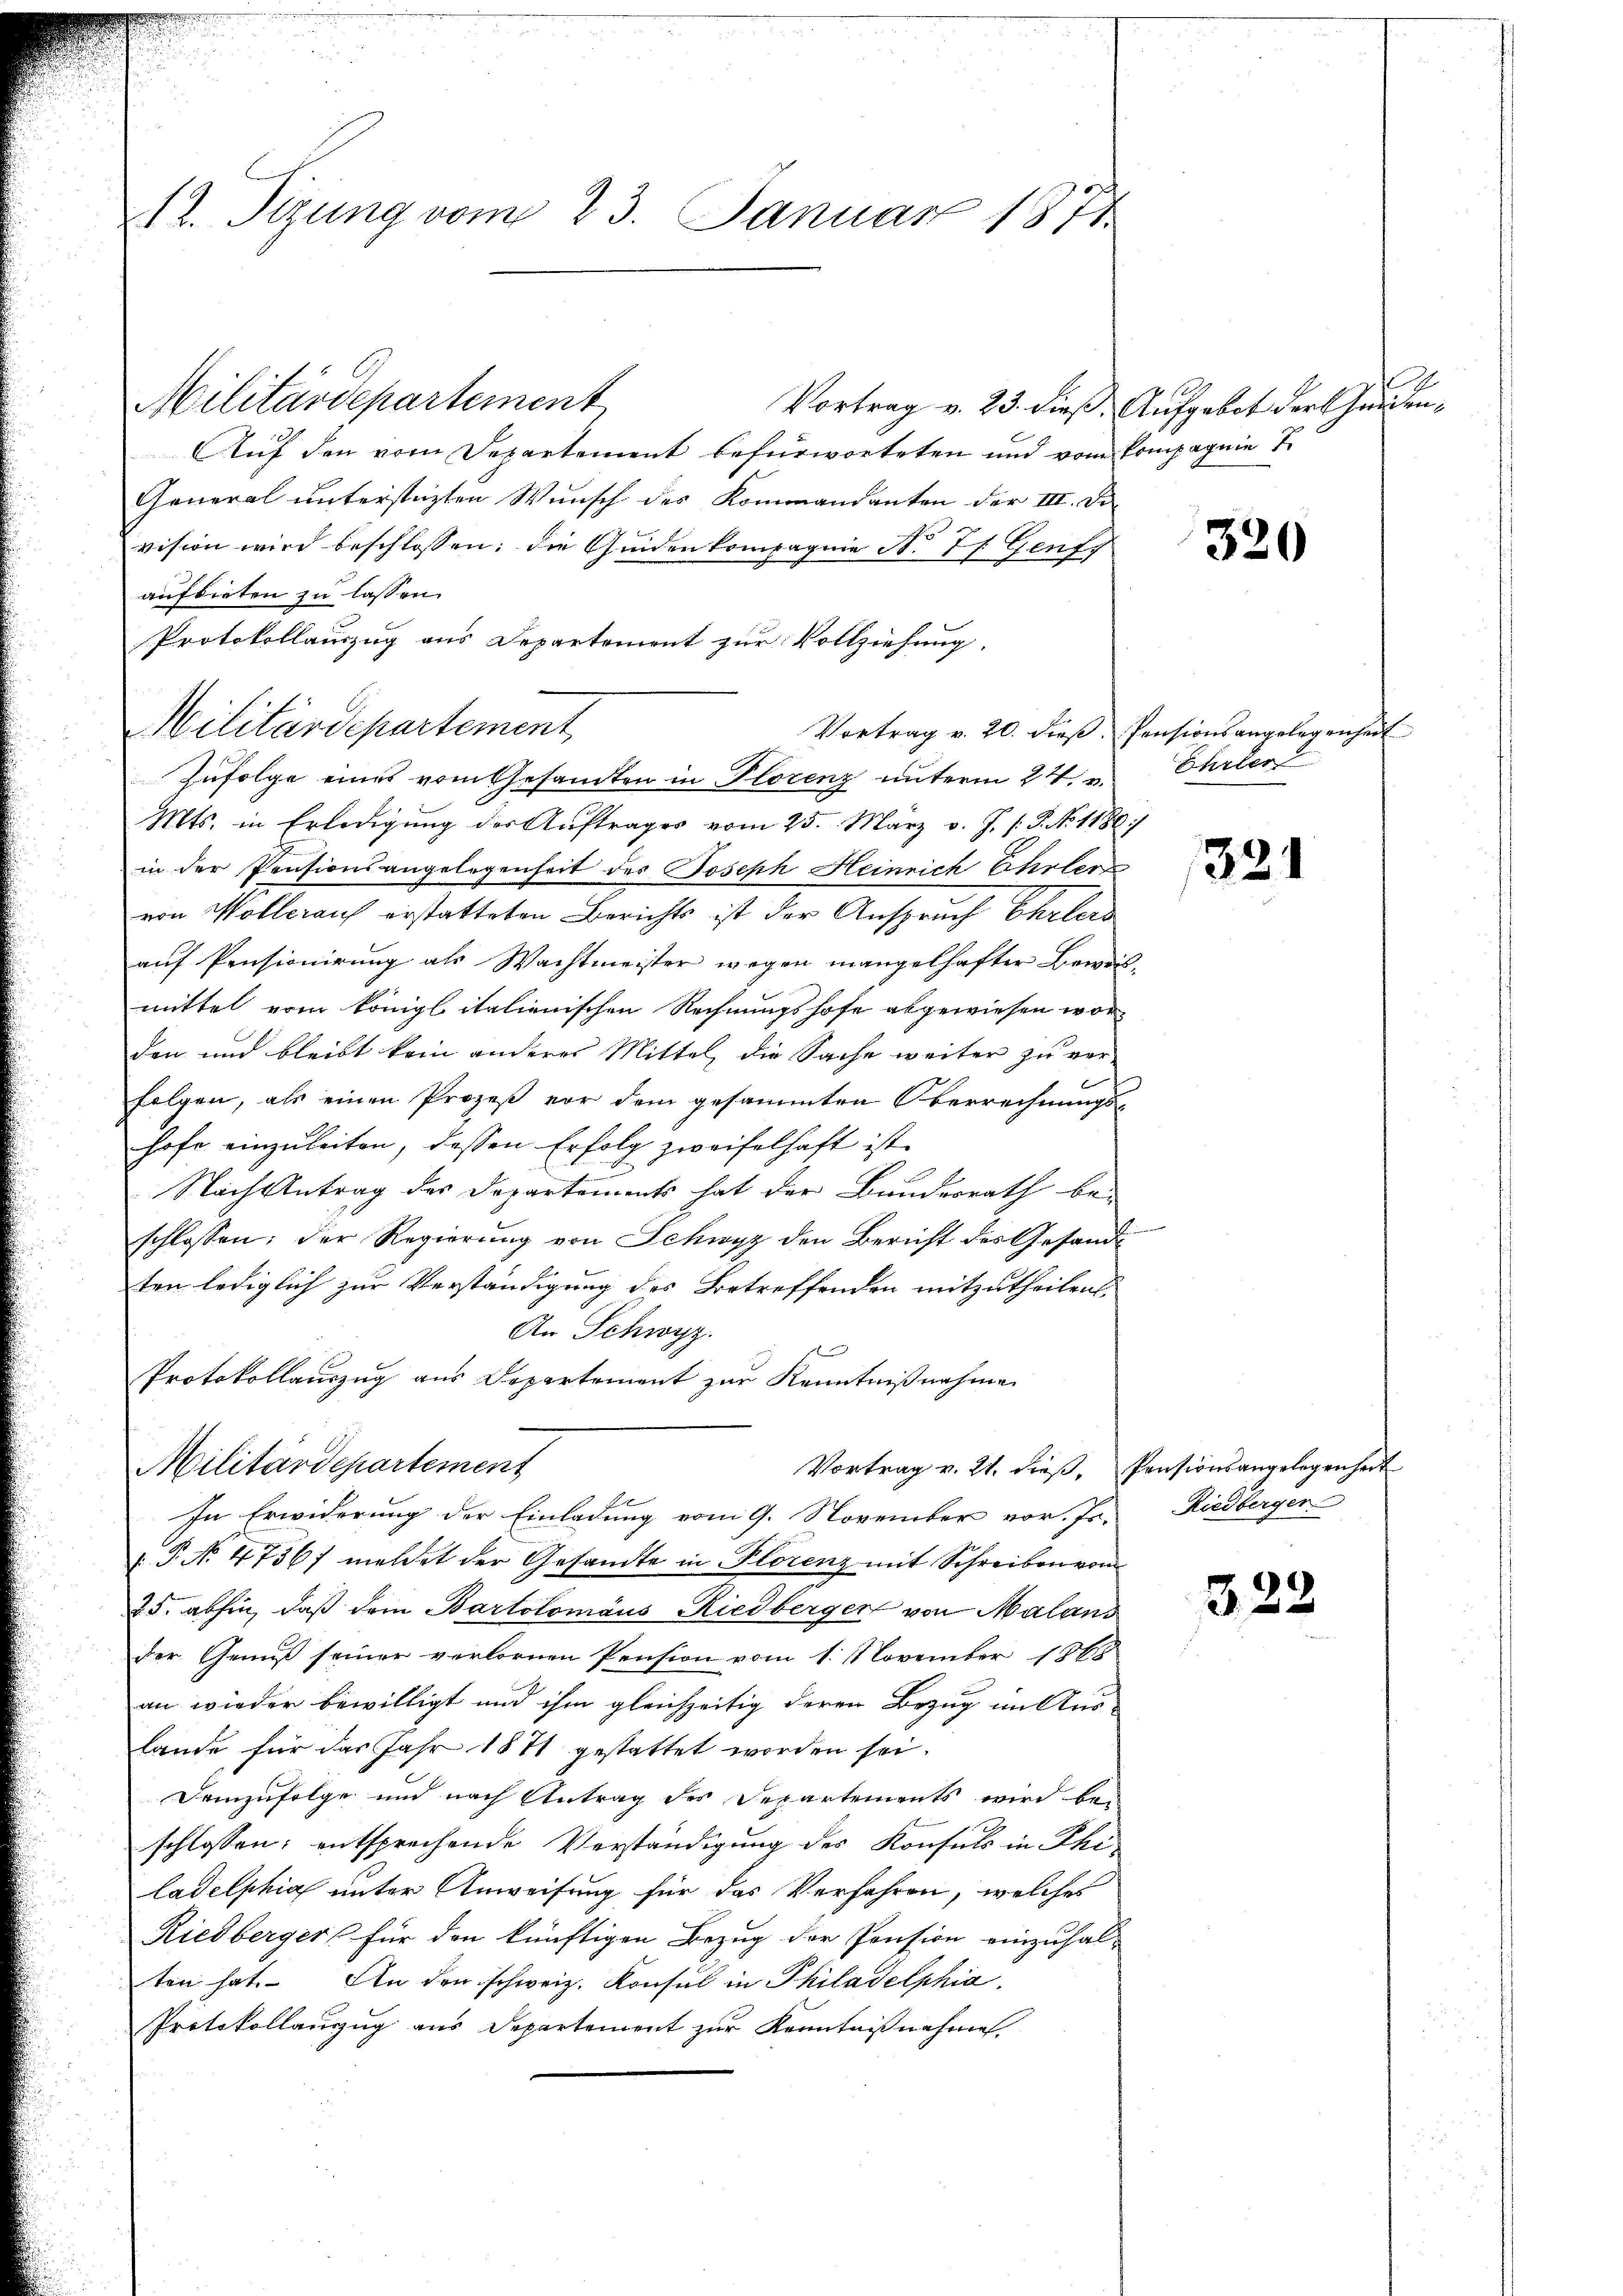
12. Sizung vom 23. Januar 1871.

Vortrag v. 23. dieß. Aufgebot der Handen¬
Auf den vom Departement befürworteten und vom Kompagnie
General unterstüzten Wunsch des Kommandanten der III. Di
vision wird beschlossen: die Gunden kompagnie N. 7 f. Genf
aufbieten zu lassen.
Protokollauszug aus Departement zur Vollziehung.
Vortrag v. 20. dieß Pensionsangelegenheit
Zufolge eines vom Gesandten in Florenz unterm 24. Ehrler
Mts. in Erledigung der Auftrages vom 25. März v. J. P. No 1180/
in der Pensionsangelegenheit des Joseph Heinrich Ehrler
von Wollerauf erstatteten Berichts ist der Anspruch Ehrlers
auf Pensionirung als Wachtmeister wegen mangelhafter Beweil-
mittel vom königl italienischen Rechnungshofe abgewiesen worden und bleibt kein anderes Mittel die Sache weiter zu ver-
folgen, als einen Prozeß vor dem gesammten Oberrechnungs-
hofe einzuleiten, dessen Erfolg zweifelhaft ist
u
Nach Antrag des Departements hat der Bundesrath bei
schlossen; der Regierung von Schwyz den Bericht des Gesandten lediglich zur Verständigung des Betreffenden mitzutheilen.
An Schwyz.
Protokollauszug aus Departement zur Kenntnißnahme
Militärdepartement
Vortrag v. 21. dieß, Pensionsangelegenheit
In Erwiderung der Einladung vom 9. November vor. Js.
P. No 4756/ meldet der Gesandte in Plorenz mit Schreiben vom
25. abhin, daß dem Bartolomäus Riedberger von Malans
der Genuß seiner verlornen Pension vom 1. November 1868
an wieder bewilligt und ihm gleichzeitig deren Bezug im Aus-
lande für das Jahr 1871 gestattet worden sei.
Demzufolge und nach Antrag des Departements wird bei
schlossen; entsprechende Verständigung des Konsuls in The
ladelphia unter Anweisung für das Verfahren, welches
Riedberger für den künftigen Bezug der Pension einzuhal-
ten hat. An den schweiz. Konsul in Philadelphia
Protokollauszug aus Departement zur Kenntnißnahme,

Militärdepartement

Militärdepartement

320

331

Riedberger

322.